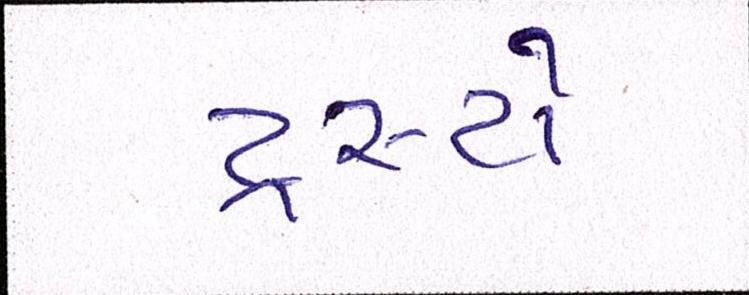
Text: ટ્રસ્ટો